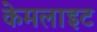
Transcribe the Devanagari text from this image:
केमलाइट